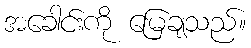
အခေါင်းကို မြေချသည်။